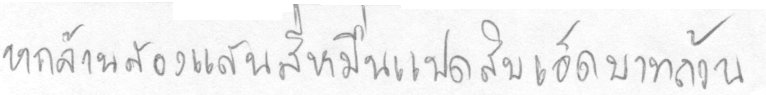
หกล้านสองแสนสี่หมื่นแปดสิบเอ็ดบาทถ้วน